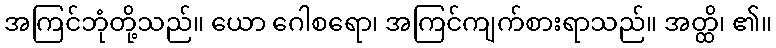
အကြင်ဘုံတို့သည်။ ယော ဂေါစရော၊ အကြင်ကျက်စားရာသည်။ အတ္ထိ၊ ၏။